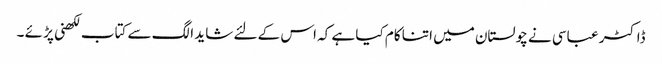
ڈاکٹر عباسی نے چولستان میں اتنا کام کیا ہے کہ اس کے لئے شاید الگ سے کتاب لکھنی پڑ ئے ۔